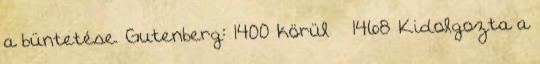
a büntetése. Gutenberg: 1400 körül – 1468 Kidolgozta a